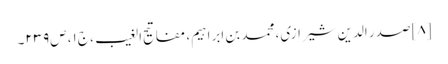
[۸] صدر الدین شیرازی، محمد بن ابراہیم‌، مفاتیح الغیب، ج‌۱، ص‌۲۳۹۔